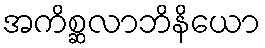
အကိစ္ဆလာဘိနိယော